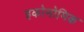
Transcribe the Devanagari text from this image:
इकोमोमिक